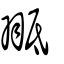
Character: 𦐠